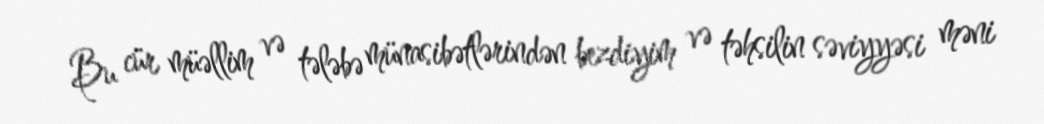
Bu cür müəllim və tələbə münasibətlərindən bezdiyim və təhsilin səviyyəsi məni